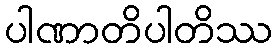
ပါဏာတိပါတိဿ